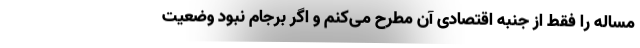
مساله را فقط از جنبه اقتصادی آن مطرح می‌کنم و اگر برجام نبود وضعیت